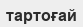
тартоғай